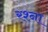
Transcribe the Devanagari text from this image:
रश्ना